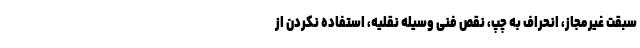
سبقت غیرمجاز، انحراف به چپ، نقص فنی وسیله نقلیه، استفاده نکردن از